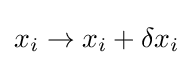
x_{i}\rightarrow x_{i}+\delta x_{i}